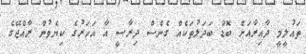
ތައުލީމީ ދާއިރާއަށް ބޮޑު ބަދަލުތަކެއް ގެނެސް ދިރާސީ އާ އަހަރުގެ ކިޔެވުން ރާއްޖޭގެ